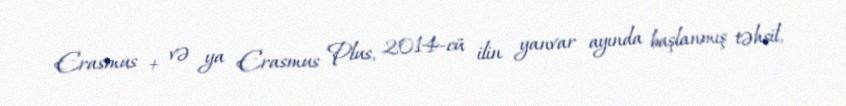
Erasmus + və ya Erasmus Plus, 2014-cü ilin yanvar ayında başlanmış təhsil,